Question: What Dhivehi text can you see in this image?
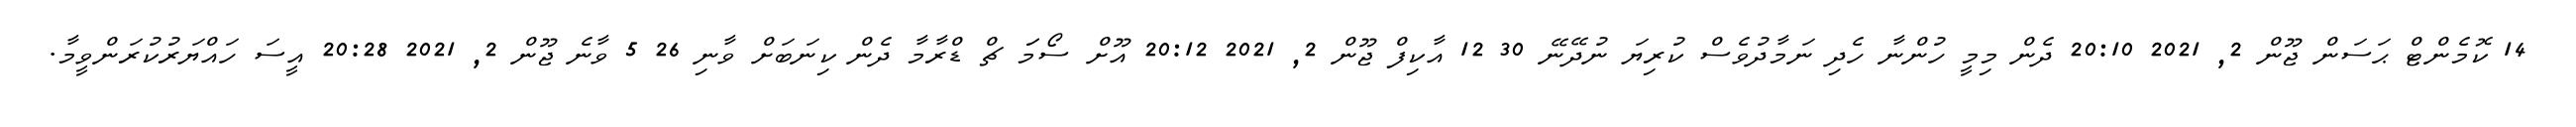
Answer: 14 ކޮމެންޓް ޙަސަން ޖޫން 2, 2021 20:10 ދެން މިމީ ހުންނާ ހެދި ނަމާދުވެސް ކުރިޔަ ނުދޭނޭ 30 12 އާކިފް ޖޫން 2, 2021 20:12 އޫށް ސޯމަަ ޗް ޑްރާމާ ދެން ކިނަބަށް ވާނި 26 5 ވާނެ ޖޫން 2, 2021 20:28 އީސަ ހައްޔަރުކުރަންވީމާ.